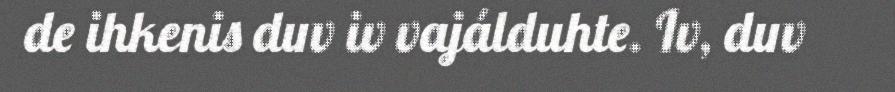
de ihkenis duv iv vajálduhte. Iv, duv